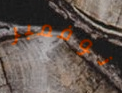
نوفمبر